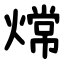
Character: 龦